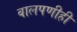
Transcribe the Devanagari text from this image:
बालपणीही